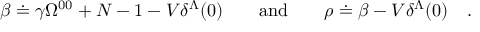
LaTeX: \beta \doteq \gamma \Omega ^ { 0 0 } + N - 1 - V \delta ^ { \Lambda } ( 0 ) \qquad \mathrm { a n d } \qquad \rho \doteq \beta - V \delta ^ { \Lambda } ( 0 ) \quad .